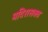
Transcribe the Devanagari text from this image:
मदिरासक्त